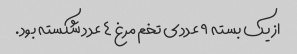
از یک بسته ۹ عددی تخم مرغ ۴ عدد شکسته بود.